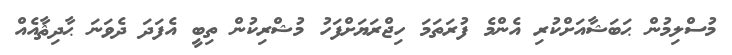
މުސްލިމުން ޙަބަޝާއަށްކުރި އެންމެ ފުރަތަމަ ހިޖްރަޔަށްފަހު މުޝްރިކުން ތިބީ އެފަދަ ދެވަނަ ޙާދިޘާއެއް